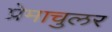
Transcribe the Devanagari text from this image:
प्रेमाचुलर